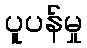
ပူပန်မှု